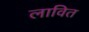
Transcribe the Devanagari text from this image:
लावित